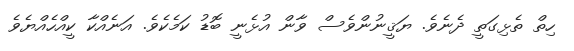
ހިތް ތެޅިގަތީ ދެނެވެ. ޔަޤީނުންވެސް ވާން އުޅެނީ ބޮޑު ކަމެކެވެ. އަނެއްކާ ކީއްހެއްޔެވެ